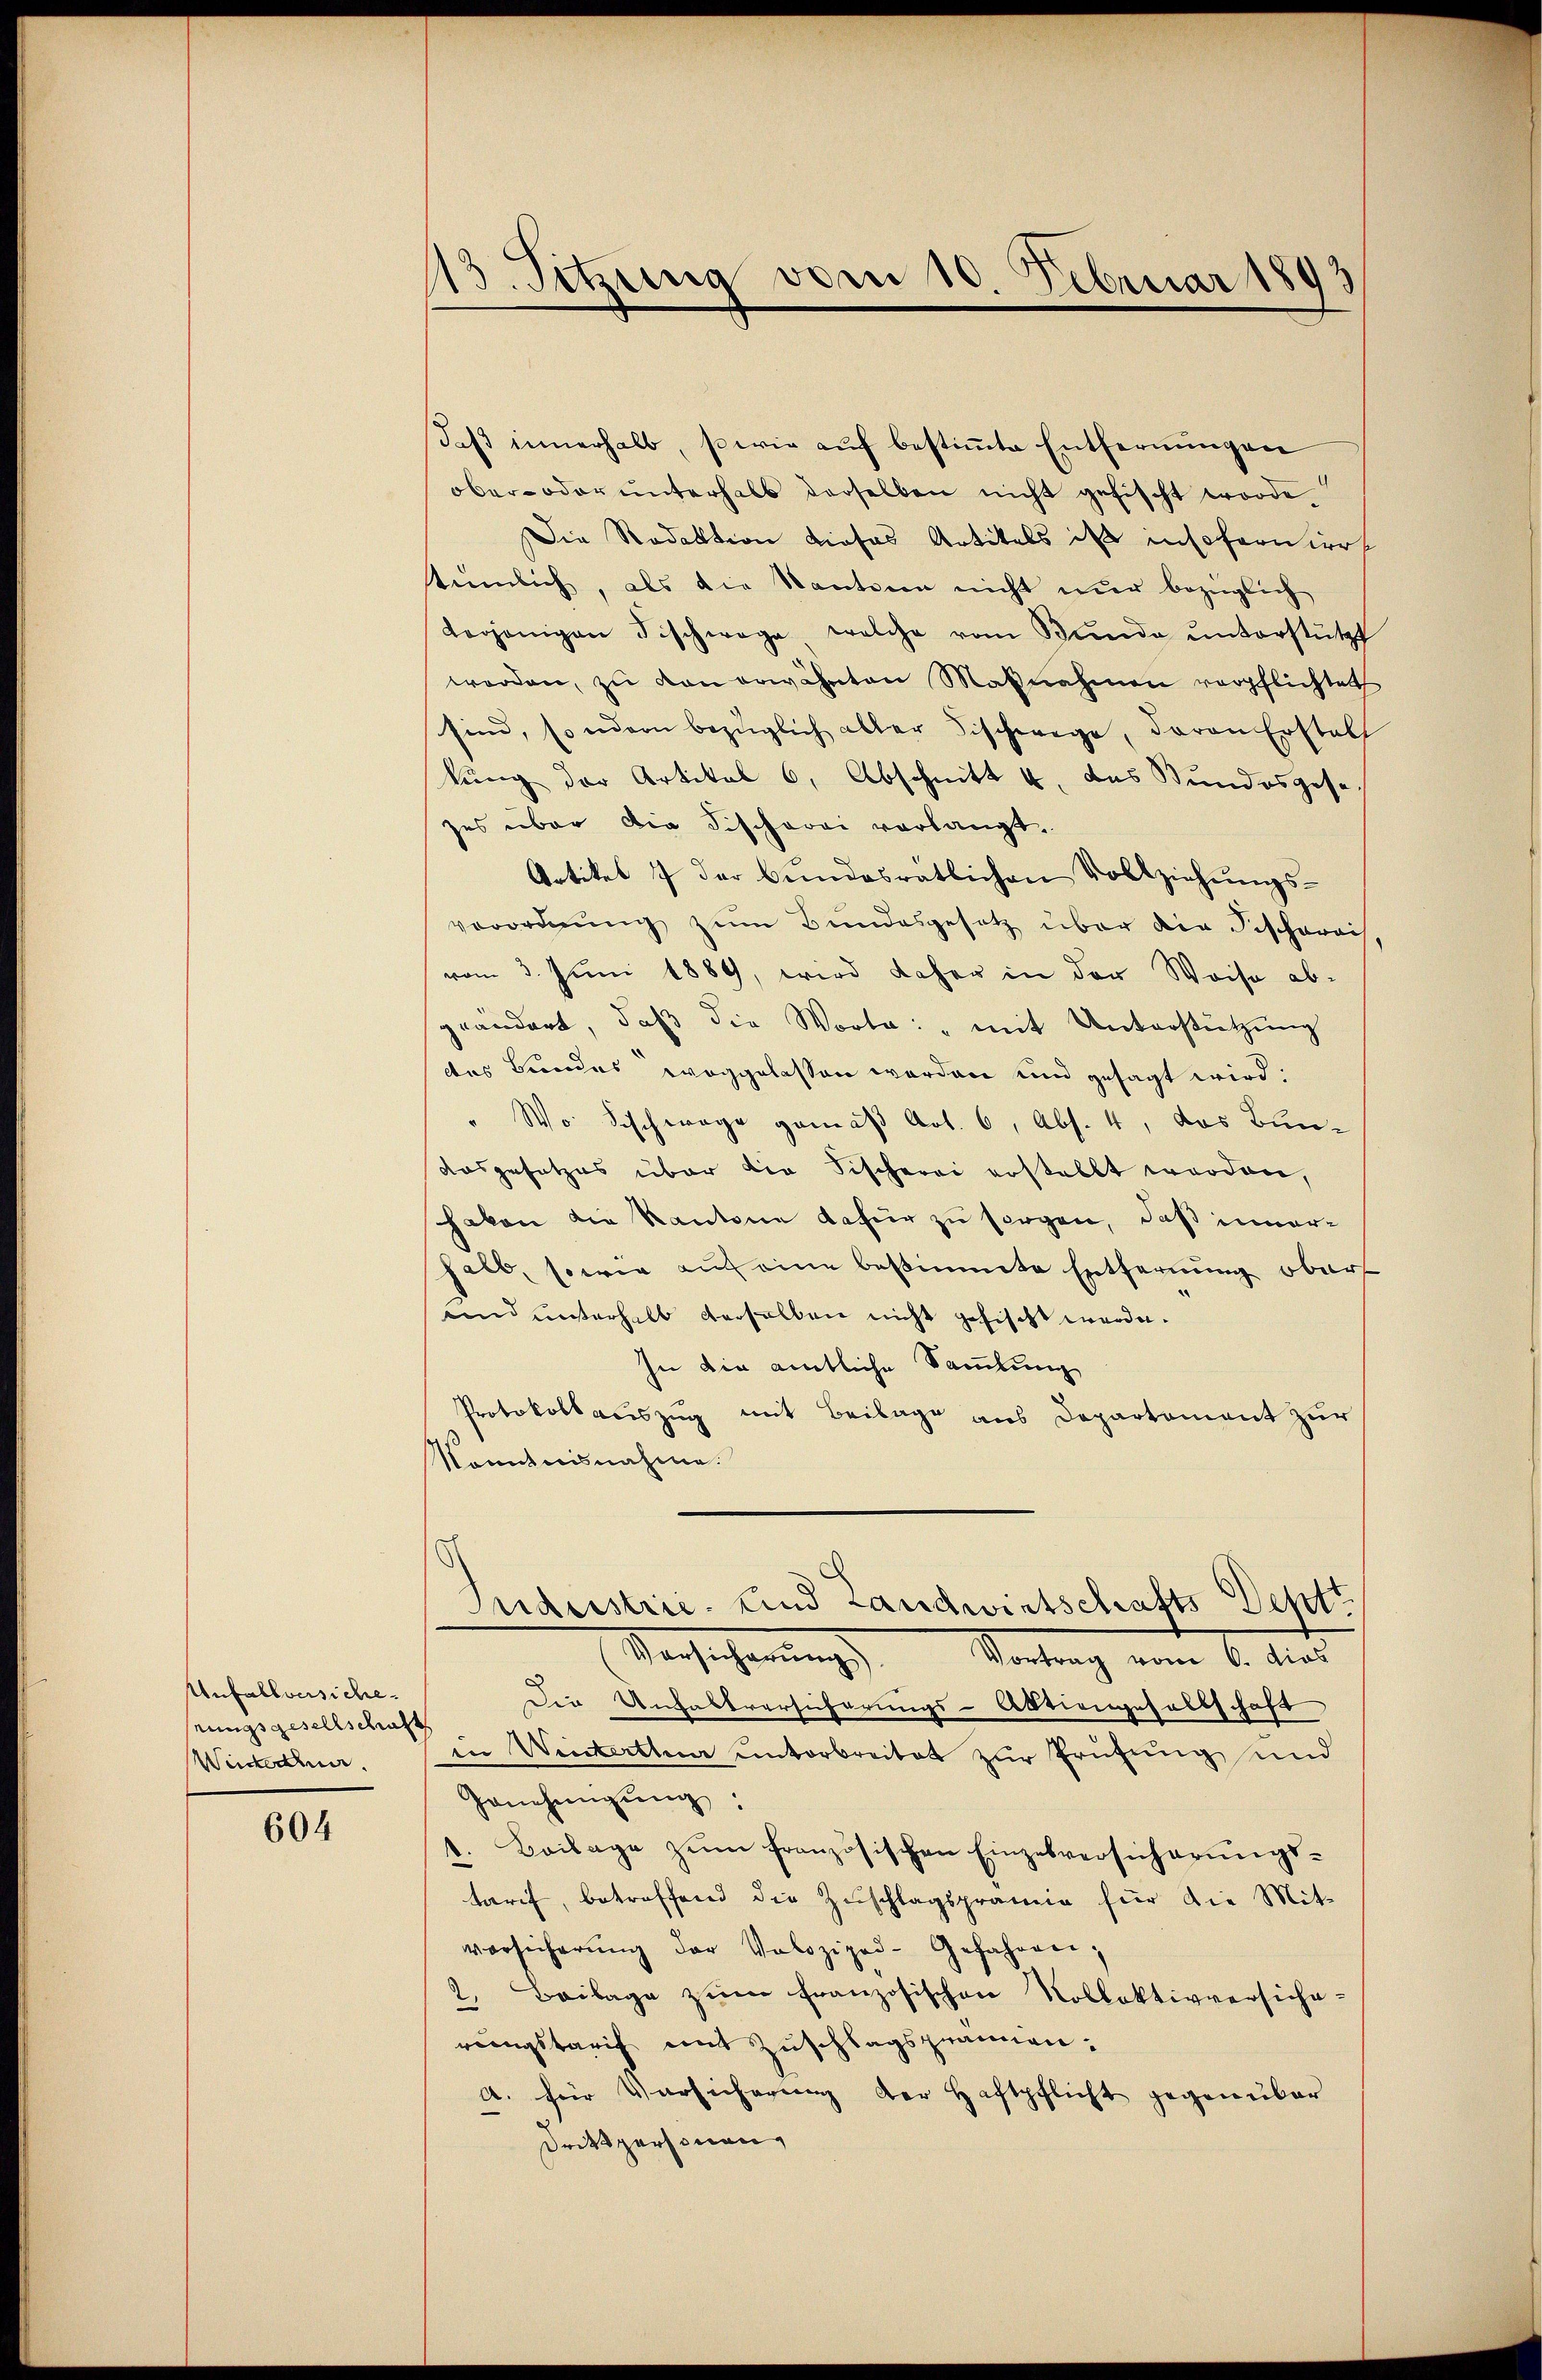
Unfallversicherungsgesellschaft
Wiiedner

604

13. Sitzung vom 10. Februar 1893

Daß innerhalb, sowie auf bestimmte Entfernungen
ober- oder ŭnterhalb derselben nicht gefischt worde
Die Redaktion dieses Artikels ist insoferniert
tümlich, als die Kantonen nicht nur bezüglich
terjenigen Fischwage welche vom Bŭnde ŭnterstützt
worden, zu von erwähnten Maßnahmen verpflichtet
sind, sondern bezüglich aller Fischwege, davon Erstell
kung der Artikal 6, Abschnitt u. das Bundesgese
zes über die Fischerei verlangt.
Artikel 7 der Bundesratlichen Vollziehungsverordnung zum Bundesgesetz über die Fischpreis
vom 3. Juni 1889, wird daher in der Weise ab-
geändert, daβ die Worte: „mit Unterstützŭng
des Bundes weggelassen werden und gesagt wird.
"Wo Fischwage gemäß Art. 6, Abs. 4, das Bun¬
Ausgesetzes über die Fischerei erstellt worden,
haben die Kantone dafür zu sorgen, daß innerhalb, sowie auf eine bestimmte Entfernung obers
und unterhalb derselben nicht gefischt werde.
In die amtliche Sammlung
Protokollauszug mit Beilage aus Departament zur
Komitnisnahme.
Inderstrie- und Landwirtschafts Deptt.
Nachsicherungs
Vortrag vom 6. dies
Die Unhaltversicherungs-Aktiengesellschaft
in Wintetten unterbreitet zur Prüfung und
Genehmigŭng:
1. Beilage zum französischen Einzelversicherungstarif, betreffend die Zuschlagsprämie für die Mit-
versicherŭng der Volozipod-Gefahren,
2. Beilage zŭm französischen Kollektivversiche-
rengstarif mit Zuschlagspannen.
A. für Versicherung der Haftpflicht gegenüber
Drittpersonen,